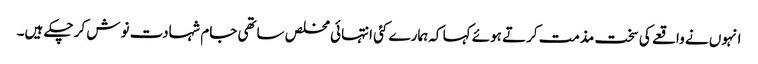
انہوں نے واقعے کی سخت مذمت کرتے ہوئے کہا کہ ہمارے کئی انتہائی مخلص ساتھی جام شہادت نوش کر چکے ہیں۔